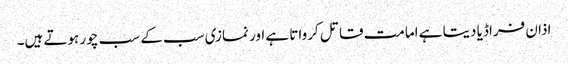
اذان فراڈیا دیتا ہے امامت قاتل کرواتا ہے اور نمازی سب کے سب چور ہوتے ہیں۔